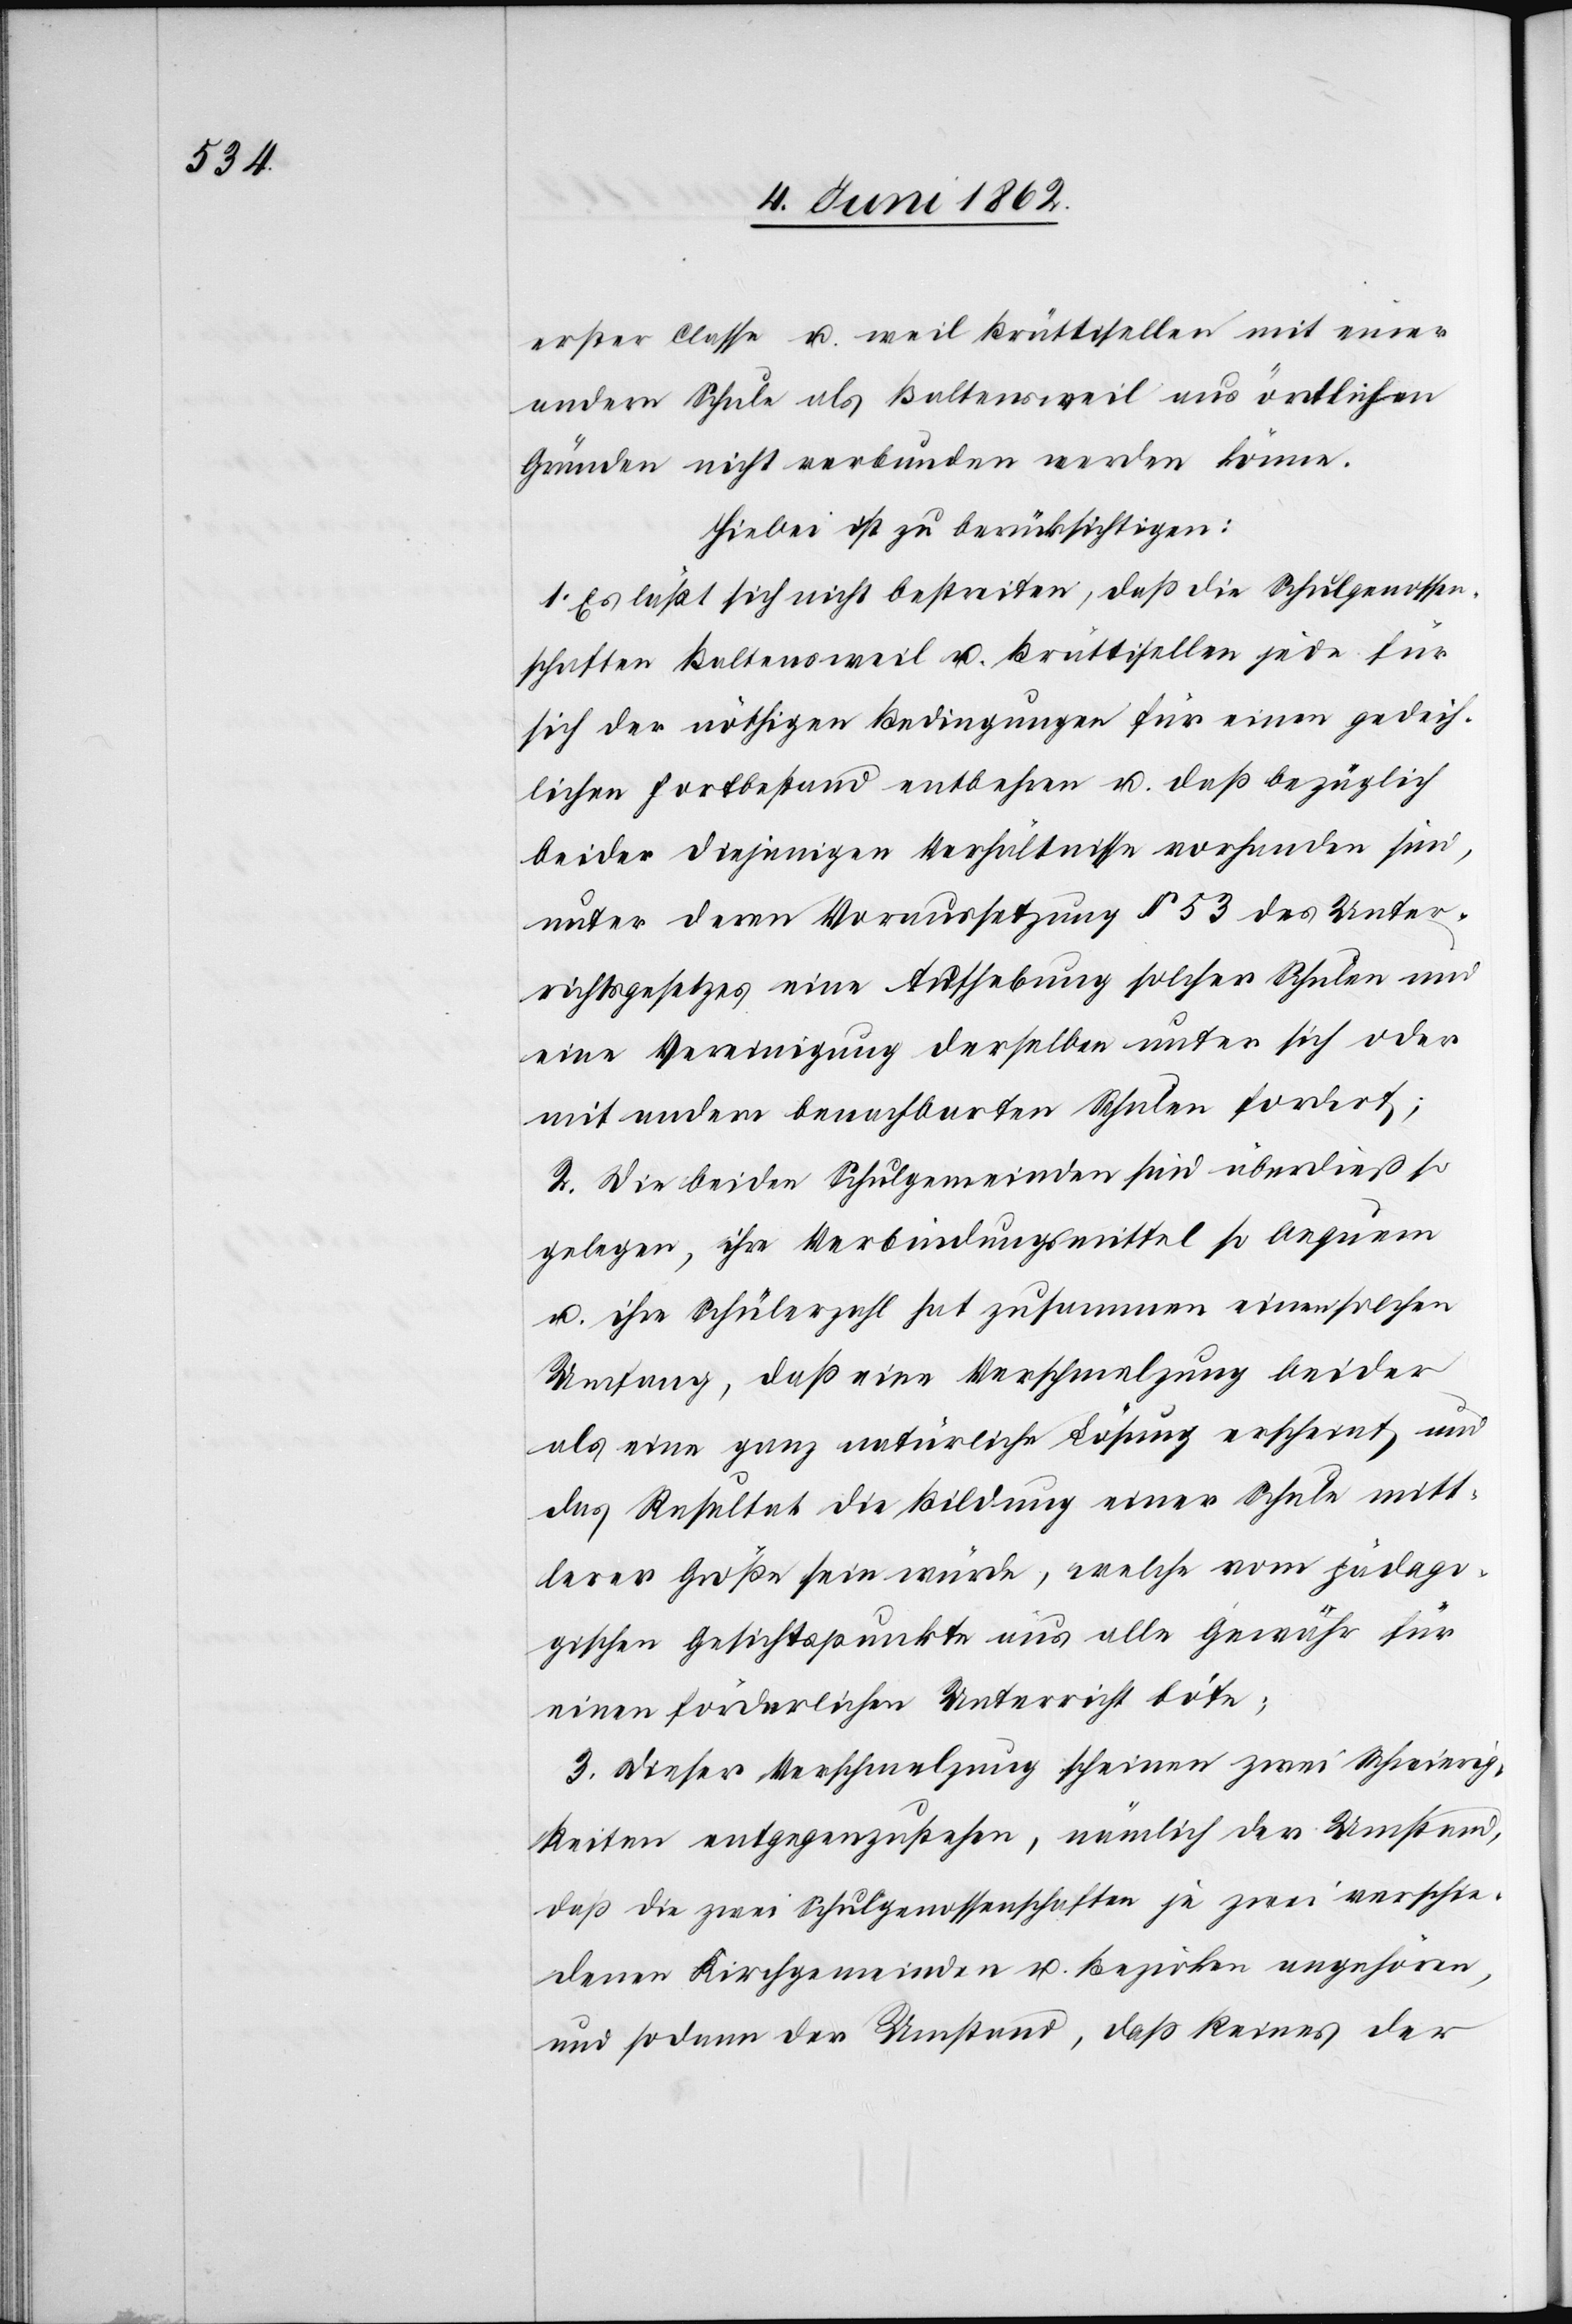
erster Classe u. weil Brüttisellen mit einer
andern Schule als Baltensweil aus örtlichen
Gründen nicht verbunden werden könne.
Hiebei ist zu berücksichtigen:
1. Es läßt sich nicht bestreiten, daß die Schulgenossen¬
schaften Baltensweil u. Brüttisellen jede für
sich der nöthigen Bedingungen für einen gedeih¬
lichen Fortbestand entbehren u. daß bezüglich
beider diejenigen Verhältnisse vorhanden sind,
unter deren Voraussetzung § 53 des Unter¬
richtsgesetzes eine Aufhebung solcher Schulen und
eine Vereinigung derselben unter sich oder
mit andern benachbarten Schulen fordert;
2. Die beiden Schulgemeinden sind überdieß so
gelegen, ihre Verbindungsmittel so bequem
u. ihre Schülerzahl hat zusammen einen solchen
Umfang, daß eine Verschmelzung beider
als eine ganz natürliche Lösung erscheint und
das Resultat die Bildung einer Schule mitt¬
lerer Größe sein würde, welche vom pädago¬
gischen Gesichtspunkte aus alle Gewähr für
einen förderlichen Unterricht böte;
3. Dieser Verschmelzung scheinen zwei Schwierig¬
keiten entgegenzustehen, nämlich der Umstand,
daß die zwei Schulgenossenschaften je zwei verschie¬
denen Kirchgemeinden u. Bezirken angehören,
und sodann der Umstand, daß keines der